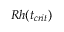
R h ( t _ { c r i t } )